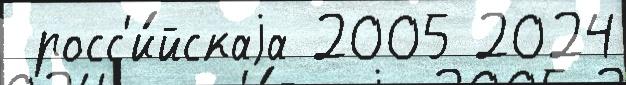
 росс'и́йскаjа 2005 2024